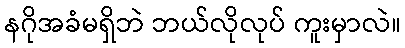
နဂိုအခံမရှိဘဲ ဘယ်လိုလုပ် ကူးမှာလဲ။